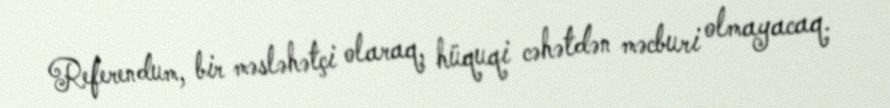
Referendum, bir məsləhətçi olaraq, hüquqi cəhətdən məcburi olmayacaq.